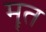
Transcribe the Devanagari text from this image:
मॄत